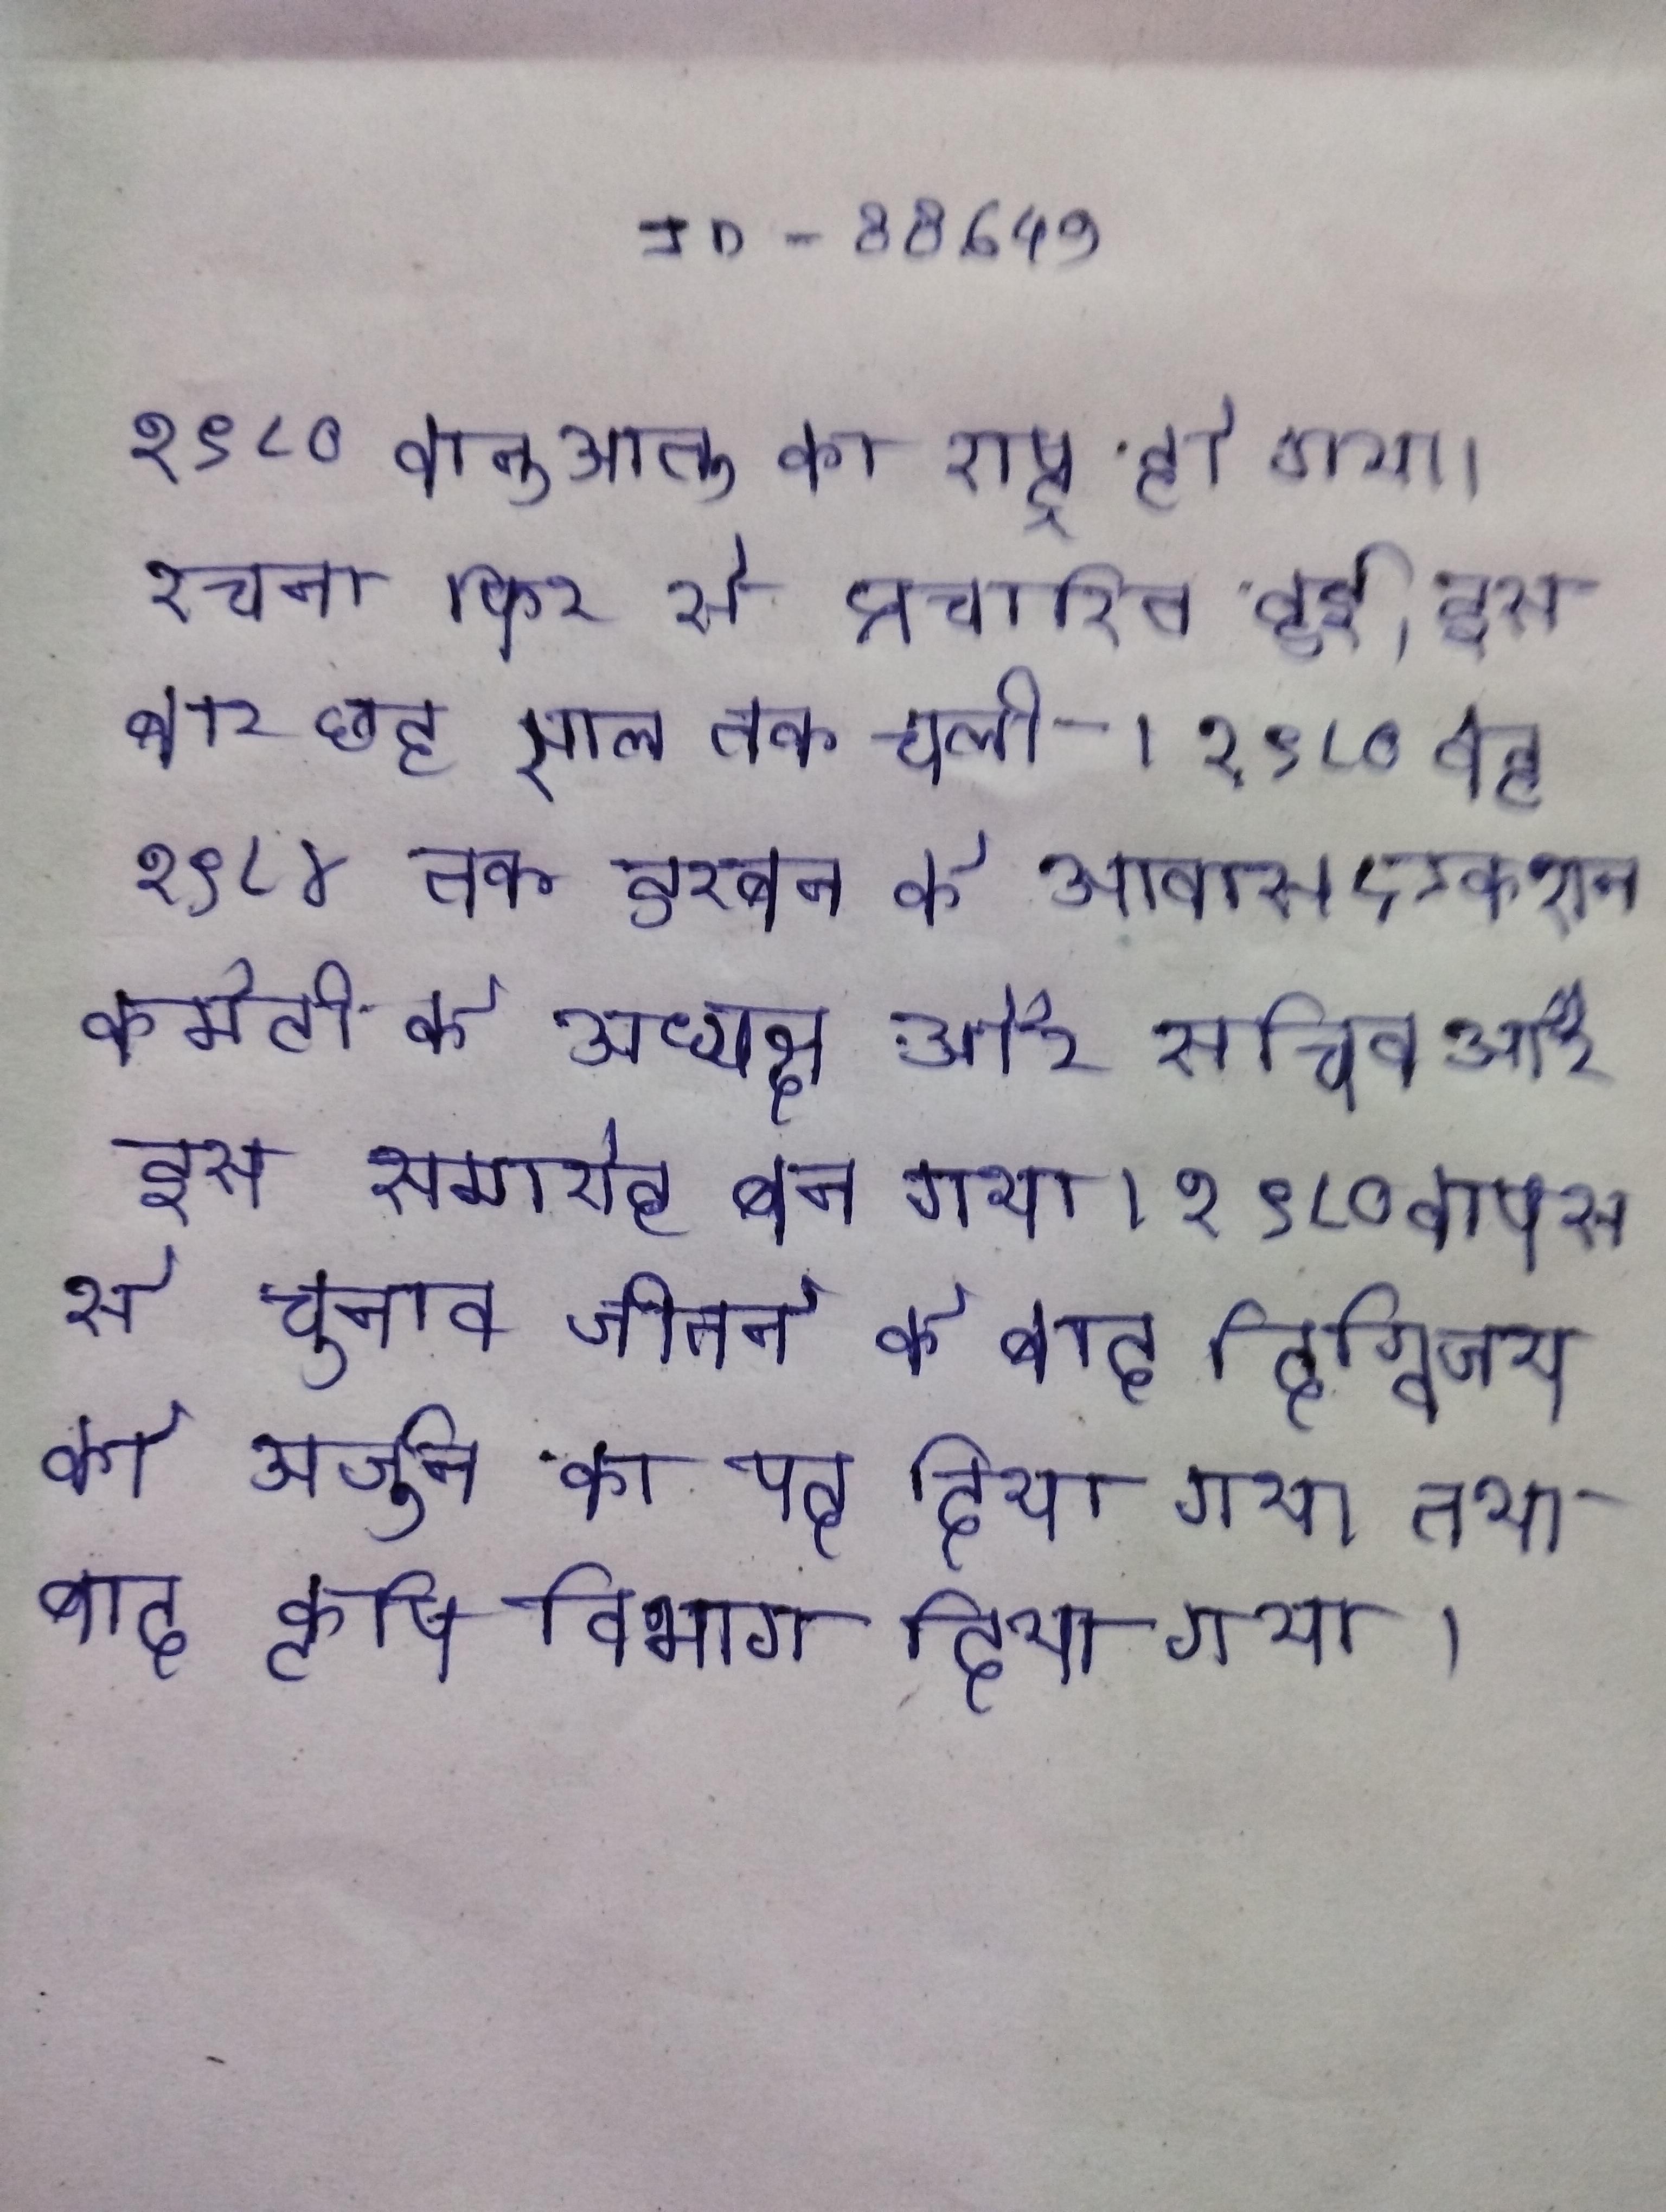
१९८० वानूआतू का राष्ट्र हो गया । रचना फिर से प्रचारित हुई, इस बार छह साल तक चली । १९८० वह १९८४ तक डरबन के आवास एक्शन कमेटी के अध्यक्ष और सचिव और इस समारोह बन गया । १९८० वापस से चुनाव जीतने के बाद दिग्विजय को अर्जुन का पद दिया गया तथा बाद कृषि विभाग दिया गया ।